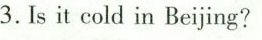
3.Is it cold in Beijing?